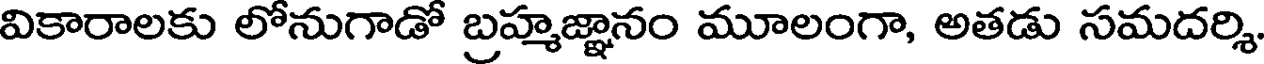
వికారాలకు లోనుగాడో బ్రహ్మజ్ఞానం మూలంగా, అతడు సమదర్శి